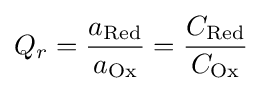
Q_{r}={\frac {a_{\text{Red}}}{a_{\text{Ox}}}}={\frac {C_{\text{Red}}}{C_{\text{Ox}}}}